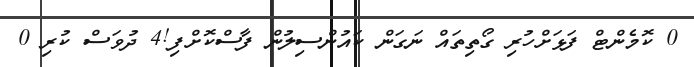
0 ކޮމެންޓް ފަޅަށްހުރި ގޯތިތައް ނަގަން ކައުންސިލުން ފާސްކޮށްފި!4 ދުވަސް ކުރި 0